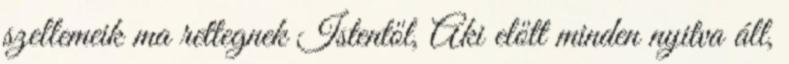
szellemeik ma rettegnek Istentől, Aki előtt minden nyitva áll,